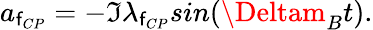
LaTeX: a_{\mathsf{f}_{CP}}=-\Im\lambda_{\mathsf{f}_{CP}}sin(\Deltam_{B}t).